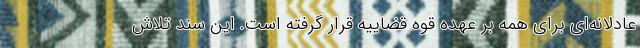
عادلانه‌ای برای همه بر عهده قوه قضاییه قرار گرفته است. این سند تلاش